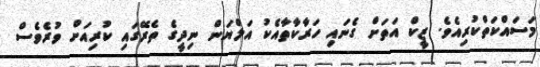
މަސައްކަތްކުރިއެވެ. ޒީކް އަތަށް ގެނައި ހަރާކާތާއެކު އަލްޔަން ނިދީގެ ތެރޭގައި ކުރިއަށް ވުރެވެސް